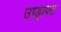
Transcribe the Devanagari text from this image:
उप्ड्राफ्ट